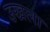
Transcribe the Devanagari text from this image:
उखला